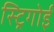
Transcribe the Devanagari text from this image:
स्ट्रिगोई